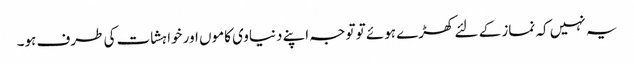
یہ نہیں کہ نماز کے لئے کھڑے ہوئے تو توجہ اپنے دنیاوی کاموں اور خواہشات کی طرف ہو۔